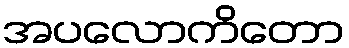
အပလောကိတော